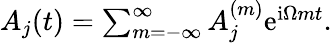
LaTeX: \begin{array}{r}{A_{j}(t)=\sum_{m=-\infty}^{\infty}A_{j}^{(m)}\mathrm{e}^{\mathrm{i}\Omega mt}.}\end{array}